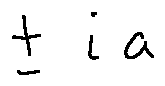
\pm i a